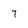
Character: T